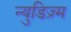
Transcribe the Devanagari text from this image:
न्युडिज़्म